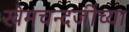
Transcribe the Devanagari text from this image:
खेमचन्दजींच्या